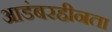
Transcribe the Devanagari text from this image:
आडंबरहीनता